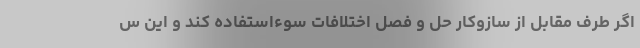
اگر طرف مقابل از سازوکار حل و فصل اختلافات سوءاستفاده کند و این س